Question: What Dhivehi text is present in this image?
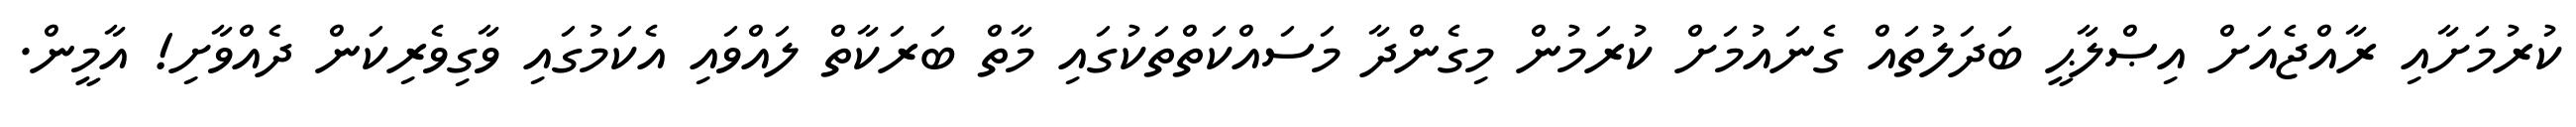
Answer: ކުރުމަށާއި ރާއްޖެއަށް އިޞްލާޙީ ބަދަލުތައް ގެނައުމަށް ކުރަމުން މިގެންދާ މަސައްކަތްތަކުގައި މާތް ބަރަކާތް ލައްވައި އެކަމުގައި ވާގިވެރިކަން ދެއްވާށި! އާމީން.